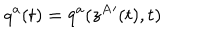
q ^ { a } ( t ) = q ^ { a } ( z ^ { A } { } ^ { \prime } ( t ) , t )